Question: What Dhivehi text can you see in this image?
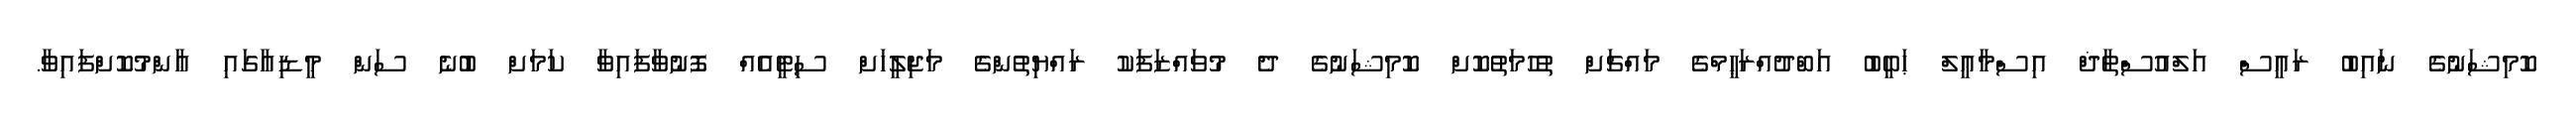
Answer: ކޮމިޝަނުގެ ނައިބު ރައީސް އަލްއުސްތާޛް އިސްމާޢީލް ޙަބީބު އަބްދުއްރަޙީމްގެ މައްޗަށް ތުހުމަތުކޮށް ކޮމިޝަނުގެ ދެ މުވައްޒަފަކު ރައްޔިތުންގެ މަޖިލީހަށް ސިޓީއެއް ފޮނުވާފައިވާ ކަމަށް ބުނެ ސަން މީޑިއާގައި ޢާންމުކޮށްފައިވާ.